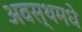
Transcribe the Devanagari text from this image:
अवस्थमधे